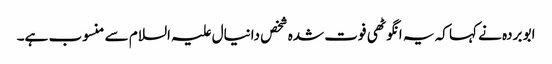
ابو بردہ نے کہا کہ یہ انگوٹھی فوت شدہ شخص دانیال علیہ السلام سے منسوب ہے۔